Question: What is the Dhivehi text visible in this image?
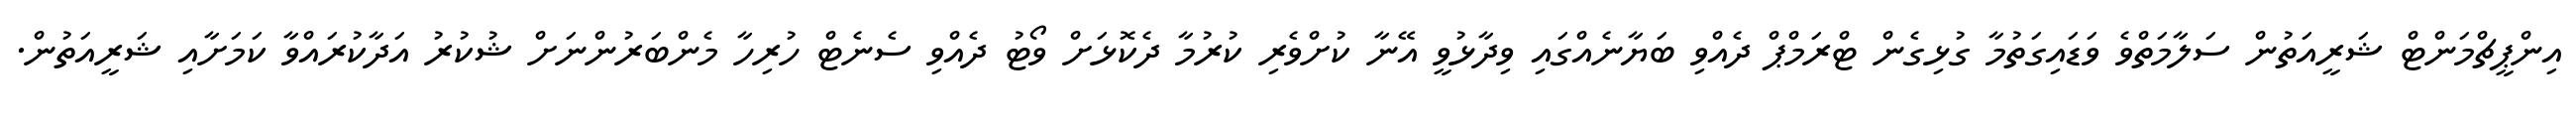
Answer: އިންޕީޗްމަންޓް ޝަރީއަތުން ސަލާމަތްވެ ވަޑައިގަތުމާ ގުޅިގެން ޓްރަމްޕް ދެއްވި ބަޔާނެއްގައި ވިދާޅުވީ އޭނާ ކުށްވެރި ކުރުމާ ދެކޮޅަށް ވޯޓު ދެއްވި ސެނެޓް ހުރިހާ މެންބަރުންނަށް ޝުކުރު އަދާކުރައްވާ ކަމަށާއި ޝަރީއަތުން.